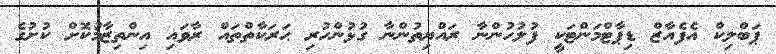
ޕަބްލިކް އެފެއާޒް ޑިޕާޓްމަންޓަކީ ފުލުހުންނާ ރައްޔިތުންނާ ގުޅުންހުރި ޙަރަކާތްތައް ރާވައި އިންތިޒާމުކޮށް ކުށުގެ